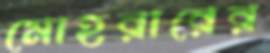
মোহরারের